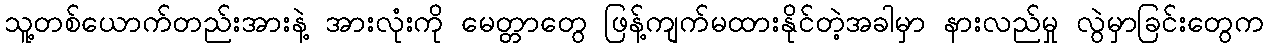
သူ့တစ်ယောက်တည်းအားနဲ့ အားလုံးကို မေတ္တာတွေ ဖြန့်ကျက်မထားနိုင်တဲ့အခါမှာ နားလည်မှု လွဲမှာခြင်းတွေက